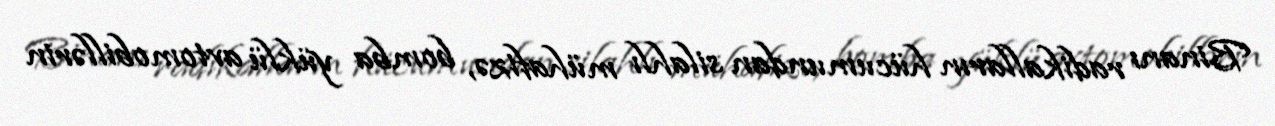
Binanı radikalların hücumundan silahlı mühafizə, bomba yüklü avtomobillərin